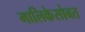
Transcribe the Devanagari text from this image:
मालिकेसोबत